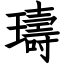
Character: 璹